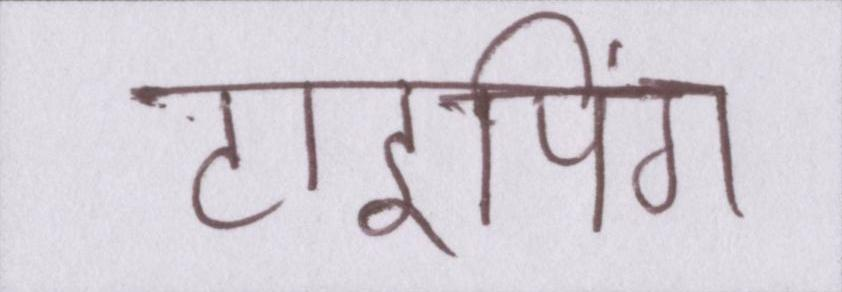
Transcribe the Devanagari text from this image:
टाइपिंग